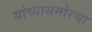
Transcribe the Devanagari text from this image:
यांच्यासमोरचा